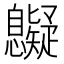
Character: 𢥷